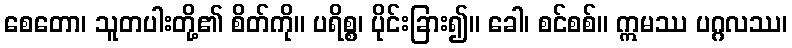
စေတော၊ သူတပါးတို့၏ စိတ်ကို။ ပရိစ္စ၊ ပိုင်းခြား၍။ ခေါ၊ စင်စစ်။ ဣမဿ ပဂ္ဂလဿ၊